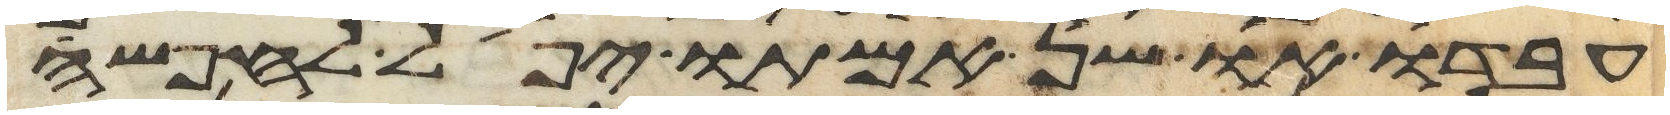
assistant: עבדו או שן אמתו יפל לחפשי